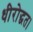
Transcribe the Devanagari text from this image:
धीरोद्धत।